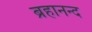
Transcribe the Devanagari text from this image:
ब्रहानन्द